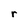
Character: r